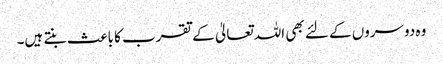
وہ دوسروں کے لئے بھی اللہ تعالیٰ کے تقرب کا باعث بنتے ہیں۔